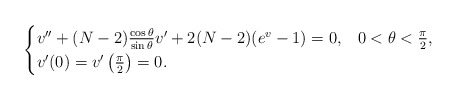
\begin{align*}\begin{cases}v''+(N-2)\frac{\cos\theta}{\sin\theta}v'+2(N-2)(e^v-1)=0, & 0<\theta<\frac{\pi}{2},\\v'(0)=v'\left(\frac{\pi}{2}\right)=0.\end{cases}\end{align*}